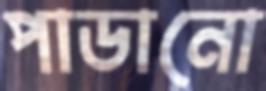
পাডানো